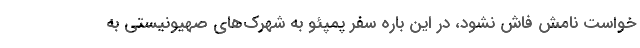
خواست نامش فاش نشود، در این باره سفر پمپئو به شهرک‌های صهیونیستی به